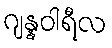
ဂျန္နဝါရီလ